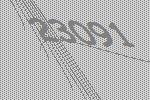
23091